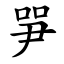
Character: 㖐